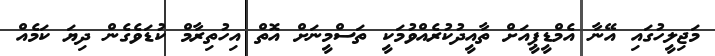
މަޖިލީހުގައި އޭނާ އެމްޑީޕީއަށް ތާއީދުކުރެއްވުމަކީ ތަސްމީނަށް އޮތް އިހުތިރާމް ކުޑަވެގެން ދިޔަ ކަމެއް